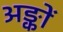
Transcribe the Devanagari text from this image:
अङ्कों